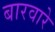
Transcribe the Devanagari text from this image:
बारवारे